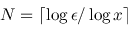
N = \lceil \log \epsilon / \log x \rceil